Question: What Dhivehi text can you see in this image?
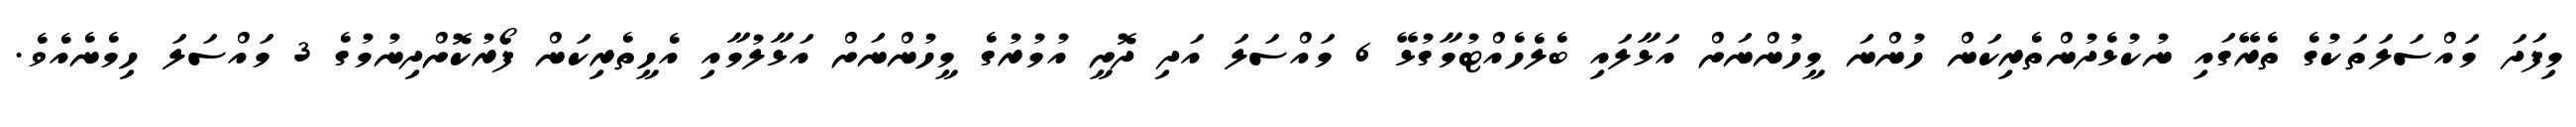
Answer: މިފަދަ މައްސަލަތަކުގެ ތެރޭގައި ނުކުޅެދުންތެރިކަން ހުންނަ މީހުންނަށް އަޅާލައި ބެލެހެއްޓުމާގުޅޭ 6 މައްސަލަ އަދި ދޮށީ އުމުރުގެ މީހުންނަށް އަޅާލުމާއި އެހީތެރިކަން ފޯރުކޮށްދިނުމުގެ 3 މައްސަލަ ހިމެނެއެވެ.